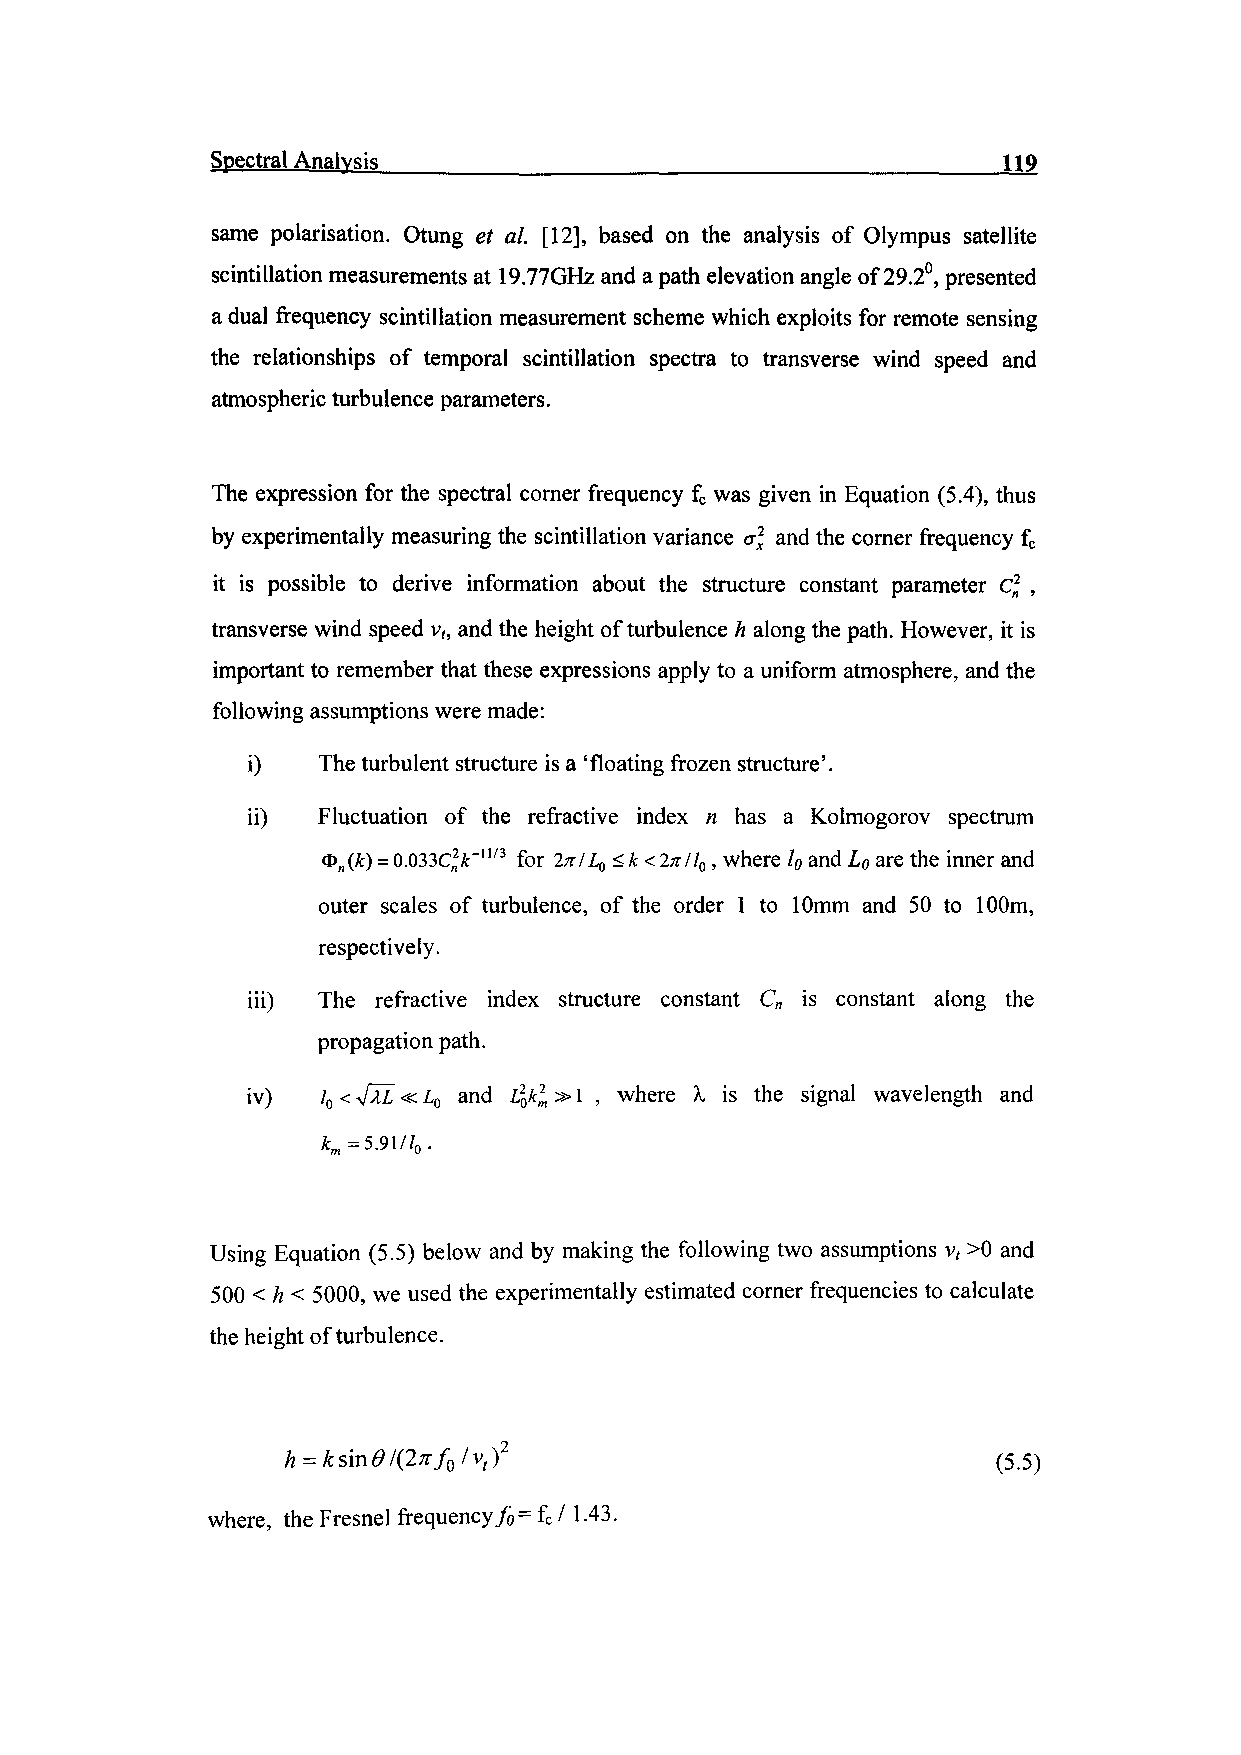
Spectral Analysis__________________________________119
 same polarisation. Otung et al. [12], based on the analysis of Olympus satellite
 scintillation measurements at 19.77GHz and a path elevation angle of 29.2°, presented
 a dual frequency scintillation measurement scheme which exploits for remote sensing
 the relationships of temporal scintillation spectra to transverse wind speed and
 atmospheric turbulence parameters.
 The expression for the spectral corner frequency fc was given in Equation (5.4), thus
 by experimentally measuring the scintillation variance a] and the corner frequency fc
 it is possible to derive information about the structure constant parameter c* ,
 transverse wind speed v,, and the height of turbulence h along the path. However, it is
 important to remember that these expressions apply to a uniform atmosphere, and the
 following assumptions were made:
 i)   The turbulent structure is a 'floating frozen structure'.
 ii)  Fluctuation of the refractive index n has a Kolmogorov spectrum
 <f>n(k) = 0.033C^A:~11/3 for 2nlLQ <k < 2n/l0 , where /o and LO are the inner and
 outer scales of turbulence, of the order 1 to 10mm and 50 to 100m,
 respectively.
 iii) The refractive index structure constant Cn is constant along the
 propagation path.
 iv)  /0 < %/IZ«L0 and I%k* »1 , where X. is the signal wavelength and
 *m =5.91//0 .
 Using Equation (5.5) below and by making the following two assumptions v, >0 and
 500 < h < 5000, we used the experimentally estimated corner frequencies to calculate
 the height of turbulence.
 0 vt                                (5.5)
 where, the Fresnel frequency fo= fc /1.43.